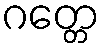
ဂတ္တေ